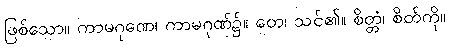
ဖြစ်သော။ ကာမဂုဏေ၊ ကာမဂုဏ်၌။ တေ၊ သင်၏။ စိတ္တံ၊ စိတ်ကို။